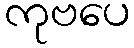
ကုဗပေ